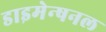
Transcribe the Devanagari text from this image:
डाइमेन्षनल